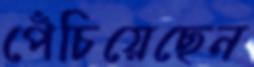
পেঁচিয়েছেন